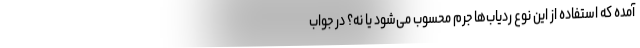
آمده که استفاده از این نوع ردیاب‌ها جرم محسوب می‌شود یا نه؟ در جواب